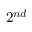
2 ^ { n d }